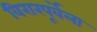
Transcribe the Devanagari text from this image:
विरारपूर्वेला